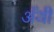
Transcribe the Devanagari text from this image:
अॅथी